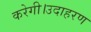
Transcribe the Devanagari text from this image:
करेगी।उदाहरण